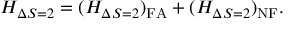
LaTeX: H _ { \Delta S = 2 } = ( H _ { \Delta S = 2 } ) _ { \mathrm { F A } } + ( H _ { \Delta S = 2 } ) _ { \mathrm { N F } } .